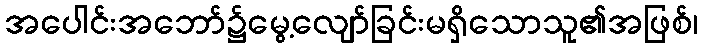
အပေါင်းအဘော်၌မွေ့လျော်ခြင်းမရှိသောသူ၏အဖြစ်၊